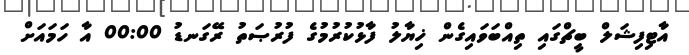
އާޓިފިޝަލް ބީޗްގައި ތިއްބަވައިގެން ޚިޔާލު ފާޅުކުރުމުގެ ފުރުޞަތު ރޭގަނޑު 00:00 އާ ހަމައަށް